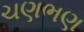
ચણભણ